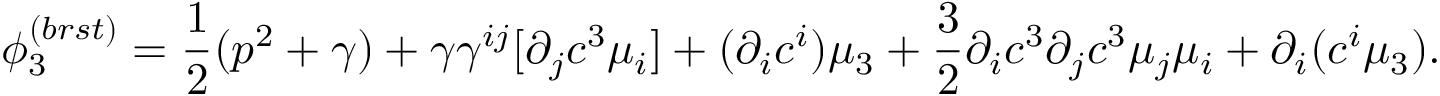
\phi _ { 3 } ^ { ( b r s t ) } = \frac { 1 } { 2 } ( p ^ { 2 } + \gamma ) + \gamma \gamma ^ { i j } [ \partial _ { j } c ^ { 3 } \mu _ { i } ] + ( \partial _ { i } c ^ { i } ) \mu _ { 3 } + \frac { 3 } { 2 } \partial _ { i } c ^ { 3 } \partial _ { j } c ^ { 3 } \mu _ { j } \mu _ { i } + \partial _ { i } ( c ^ { i } \mu _ { 3 } ) .